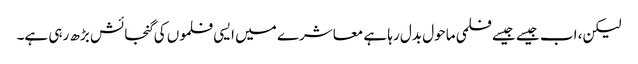
لیکن، اب جیسے جیسے فلمی ماحول بدل رہا ہے معاشرے میں ایسی فلموں کی گنجائش بڑھ رہی ہے۔